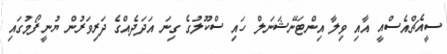
ސީއެޗްއެސްއީ އާއި ވިލާ އިންޓަނޭޝަނަލް ހައި ސްކޫލުގެ ގިނަ އަދަދެއްގެ ދަރިވަރުން ޔުނީފޯމުގައި